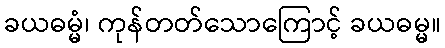
ခယဓမ္မံ၊ ကုန်တတ်သောကြောင့် ခယဓမ္မ။